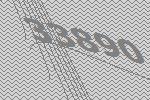
33890